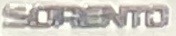
SORENTO